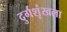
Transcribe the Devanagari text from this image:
दुर्गशृंखला